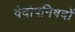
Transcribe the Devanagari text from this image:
वेदोपनिषदों